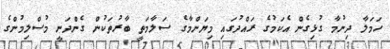
ހަމަލާ ދިނުމާ ގުޅިގެން އެކަމުގެ ރައްދުގައި މިޔަންމާގެ ސަލާމަތީ ބާރުތަކުން ގެންދަނީ މުސްލިމުންގެ